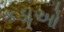
કડાઓ